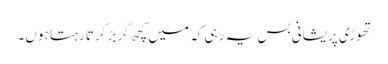
تھوڑی پریشانی بس یہ رہی کہ میں کچھ گربڑ کرتا رہتا ہوں۔